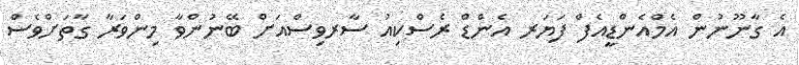
އެ ގާނޫނުން އެމްއެންޑީއެފް ފަޔަރ އެންޑް ރެސްކިއު ސާރވިސްއަށް ބޭނުންވާ މިންވަރާ ގާތަށްވެސް